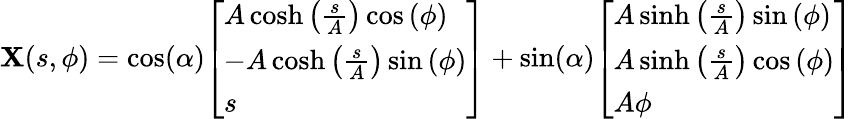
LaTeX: \mathbf{X}(s,\phi)=\cos(\alpha){\left[\begin{array}{l}{A\cosh\left({\frac{s}{A}}\right)\cos\left(\phi\right)}\\ {-A\cosh\left({\frac{s}{A}}\right)\sin\left(\phi\right)}\\ {s}\end{array}\right]}+\sin(\alpha){\left[\begin{array}{l}{A\sinh\left({\frac{s}{A}}\right)\sin\left(\phi\right)}\\ {A\sinh\left({\frac{s}{A}}\right)\cos\left(\phi\right)}\\ {A\phi}\end{array}\right]}